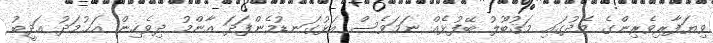
ވިޔަފާރިވެރިންގެ މެދުގައި މަޤުބޫލު ބޭފުޅެއް ނަމަވެސް އަޅުގަނޑުމެންފަދަ އާންމު ދިވެހިން އަޙުމަދު އަދީބު